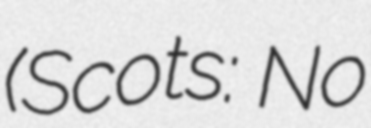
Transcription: (Scots: No